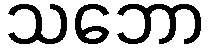
သဘော